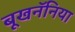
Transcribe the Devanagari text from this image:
बूखनॅनिया